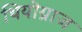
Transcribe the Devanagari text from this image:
थियोग्नाज